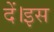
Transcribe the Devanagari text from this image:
दें।इस